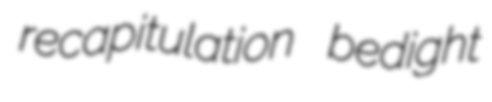
recapitulation bedight